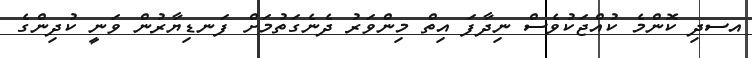
އސދި ކޮންމެ ކުއްޖަކުވެސް ނިދާފަ އިތް މިންވަރު ދެނެގަތުމަށް ފަނޑިޔާރުން ވަނީ ކުދިންގެ